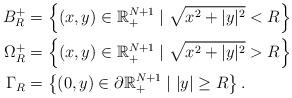
LaTeX: \begin{align*} B_R^{+} &= \left\{ (x,y) \in \mathbb{R}_{+}^{N+1} \mid \sqrt{x^2+|y|^2} < R \right\} \\ \Omega_R^{+} &= \left\{ (x,y) \in \mathbb{R}_{+}^{N+1} \mid \sqrt{x^2+|y|^2} > R \right\} \\ \Gamma_R &= \left\{ (0,y) \in \partial \mathbb{R}_{+}^{N+1} \mid |y| \geq R \right\}.\end{align*}